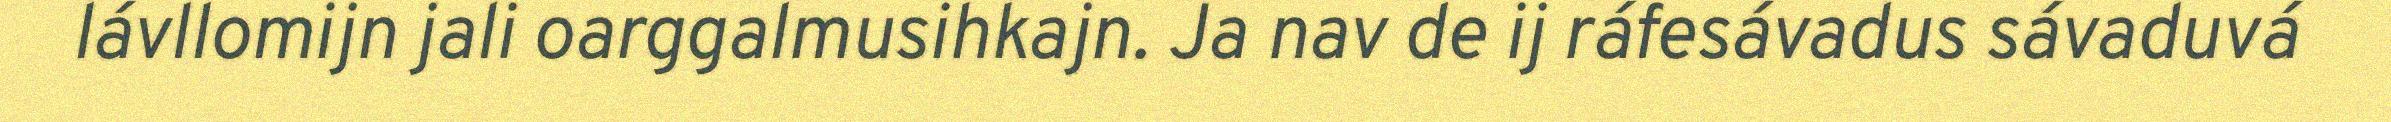
lávllomijn jali oarggalmusihkajn. Ja nav de ij ráfesávadus sávaduvá